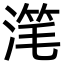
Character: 滗